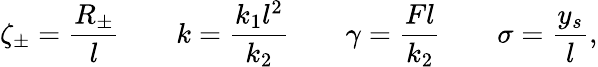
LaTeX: \zeta_{\pm}=\frac{R_{\pm}}{l}\qquad k=\frac{k_{1}l^{2}}{k_{2}}\qquad\gamma=\frac{Fl}{k_{2}}\qquad\sigma=\frac{y_{s}}{l},